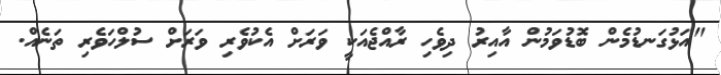
"އަޅުގަނޑުމެން ބޮޑުވަމުން އާއިރު ދިވެހި ރާއްޖެއަކީ ވަރަށް އެކުވެރި ވަރަށް ސުލްހަވެރި ތަނެއް.